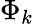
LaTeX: \Phi_{k}